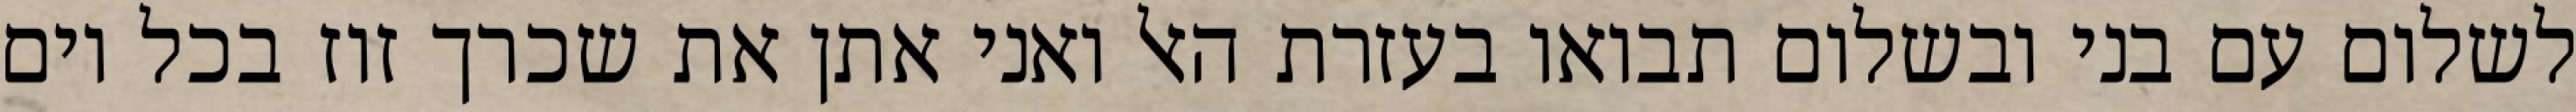
לשלום עם בני ובשלום תבואו בעזרת האל ואני אתן את שכרך זוז בכל יום